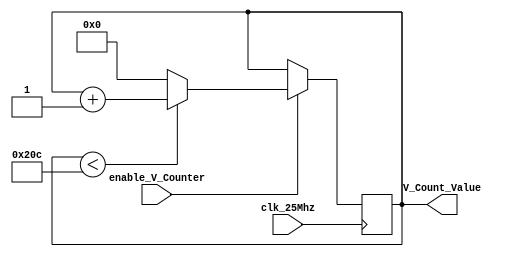
`timescale 1ns / 1ps
//////////////////////////////////////////////////////////////////////////////////
// Company: 
// Engineer: 
// 
// Design Name: 
// Module Name: vertical_counter
// Project Name: 
// Target Devices: 
// Tool Versions: 
// Description: 
// 
// Dependencies: 
// 
// Revision:
// Revision 0.01 - File Created
// Additional Comments:
// 
//////////////////////////////////////////////////////////////////////////////////


module vertical_counter(
    input clk_25Mhz,
    input enable_V_Counter,
    output reg [15:0] V_Count_Value = 0
    );
     always@(posedge clk_25Mhz) begin
     
         if( enable_V_Counter == 1'b1) begin
            if(V_Count_Value < 524) //keep counting until it reaches 525 pixels
                V_Count_Value <= V_Count_Value + 1;  
                  
            else  
                V_Count_Value <= 0; //reset Horizontal counter 
        end
     end   
endmodule